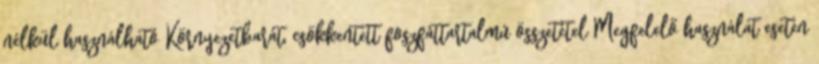
nélkül használható Környezetbarát, csökkentett foszfáttartalmú összetétel Megfelelő használat esetén